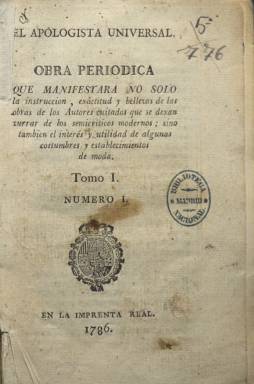
Título: El Apologista universal
Colección: Periódicos anteriores a 1850
Ámbito geográfico: Madrid
Lugar de publicación: Madrid
Fechas: 01/01/1786-31/12/1786

Obra periódica –este es su subtítulo– que puede considerarse como “pariente próximo” de El Censor (1781-1787), “no sólo por su espíritu sino por su concepción y su forma” (Guinard: 1973 y Larriba: 1998), teniendo los textos de sus entregas el estilo del discurso. Estampado en la Imprenta Real, en su primer número aparece datado en Madrid, el 19 de julio de 1786, fecha en la que debió comenzar a publicarse, sin periodicidad fija, bajo las iniciales P.C.G, que ya en su segundo número se extienden al nombre completo de Policarpo Chinchilla Galiano, que era el seudónimo del fraile agustino de San Felipe el Real Pedro Centeno (1730-1803), considerado como su único o principal redactor, aunque se le atribuye la coedición al catedrático Joaquín Ezquerra (1750-1820), que también sería, por su parte, principal redactor de Memorial literario (1784-1790).

Sus entregas, en 8º, son generalmente de 16 páginas (algunas lo serán de 20 ó 24), compuestas a una columna, y con foliación continuada, formando un tomo con un total de 314 páginas. Su colección la integran 16 números, pudiendo corresponder el último a enero de 1788, siendo su entrega número 17 prohibida por la censura y ordenando el Consejo su suspensión definitiva en febrero de ese año, encontrándose este cuaderno en el correspondiente expediente del Archivo Histórico Nacional. Independiente a su labor periodística, Centeno sería acusado por la Inquisición de simpatizar con el luteranismo y de veleidades jansenistas (Sáiz: 1996), falleciendo enclaustrado y enajenado.

Forma parte del grupo de periódicos ilustrados del último tercio del XVIII dedicados a la crítica de costumbres, pues en ocasiones aborda estos temas, así como las modas sociales, avisando de algunos de sus peligros (Sáiz: 1996 y Guinard: 1973). Siendo calificado de “incisivo” (Larriba: 1998), y, de carácter polémico (Aguilar Piñal: 1978), atacará obras de literatura religiosa, desarrollando en sus últimas entregas una crítica feroz y sistemática contra el escritor Juan Pablo Forner (1756-1797), con el que sostendrá un fiero enfrentamiento, que dio lugar a la publicación por parte este de dos opúsculos referidos a El Apologista…

Sempere y Guarinos (1787) ya había indicado que el objeto de este periódico era ridiculizar algunas obras “muy malas”, costumbres y opiniones extravagantes, particularmente en materia de literatura, manifestando así el agustino Pedro Centeno “un talento muy original para este género de escribir”, ya que su ironía era “muy fina y sostenida, su crítica delicada, y el estilo gracioso y lleno de agudeza”, añadiendo que El Apologista… es una obra “muy útil para corregir el más gusto, el chabacanismo, la irregularidad, pedantería, y demás vicios de los escritores”.

Al igual que El Censor tuvo su correligionario El Corresponsal del Censor (1786-1787), redactado por Manuel Rubín de Celis (1743-1809), el periódico de Centeno tiene El Corresponsal del Apologista, del que sólo se conoce su primera entrega, que forma parte también de la colección de la Biblioteca Nacional de España. Además existe El Teniente del Apologista universal (1788), bajo la autoría de D. Eugenio Habela Patiño, pero que podría haber salido también de la pluma del padre Centeno (Klaus-Dieter Ertler: 2009).

Además de las referencias bibliográficas ya señaladas, otras para este título, su autor y la prensa española del XVIII, corresponden a la ya citada Elisabel Larriba (1996 y 1998), Alicia Alted Vigil (1984), José Cebrián García (2003), Inmaculada Urzainqui Miqueleiz (1982 y 1985), así como la de Hartzenbusch (1894), entre otras.